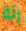
رئة